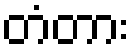
တံတား